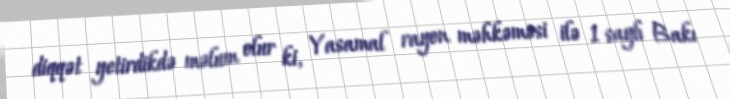
diqqət yetirdikdə məlum olur ki, Yasamal rayon məhkəməsi ilə 1 saylı Bakı